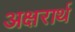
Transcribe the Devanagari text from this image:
अक्षरार्थ